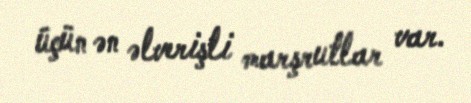
üçün ən əlverişli marşrutlar var.